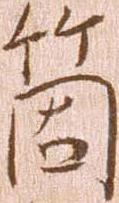
箇